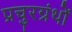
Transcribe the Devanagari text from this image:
प्रचुरग्रंथों